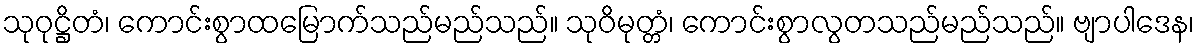
သုဝုဋ္ဌိတံ၊ ကောင်းစွာထမြောက်သည်မည်သည်။ သုဝိမုတ္တံ၊ ကောင်းစွာလွတသည်မည်သည်။ ဗျာပါဒေန၊